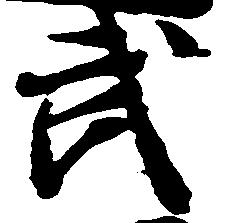
武